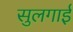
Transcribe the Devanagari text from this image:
सुलगाई